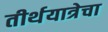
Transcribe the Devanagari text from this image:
तीर्थयात्रेचा